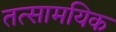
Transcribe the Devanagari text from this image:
तत्सामयिक